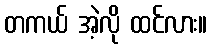
တကယ် အဲ့လို ထင်လား။